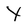
Character: Y